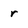
Character: r